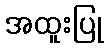
အထူးပြု